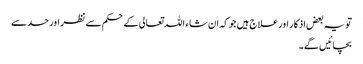
تو یہ بعض اذکار اور علاج ہیں جو کہ ان شاء اللہ تعالی کے حکم سے نظر اور حسد سے
بچائیں گے۔